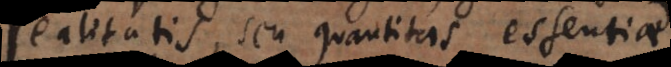
realitatis, seu quantitas essentiae.